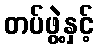
တပ်ဖွဲ့နှင့်